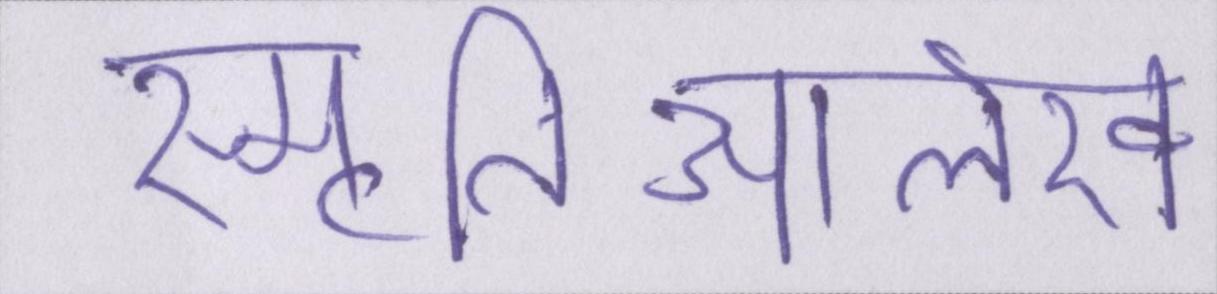
स्मृतिआलेख